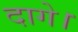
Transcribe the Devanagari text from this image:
दागे।